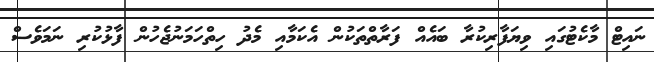
ނައިޓް މާކެޓުގައި ވިޔަފާރިކުރާ ބައެއް ފަރާތްތަކުން އެކަމާއި މެދު ހިތްހަމަނުޖެހުން ފާޅުކުރި ނަމަވެސް